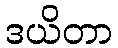
ဒယိတာ